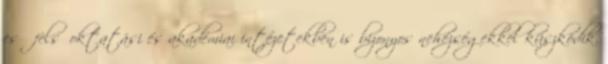
eső felsőoktatási és akadémiai intézetekben is bizonyos nehézségekkel küszködik.